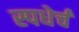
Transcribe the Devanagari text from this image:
स्पधेर्चं